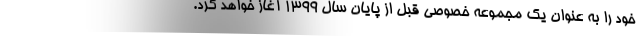
خود را به عنوان یک مجموعه خصوصی قبل از پایان سال ١٣٩٩ آغاز خواهد کرد.